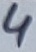
Text: 4